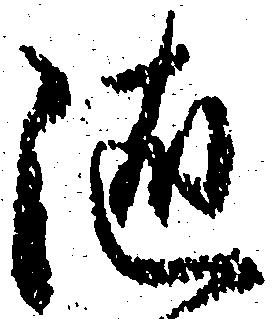
随